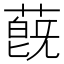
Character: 蔇